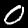
Label: 0